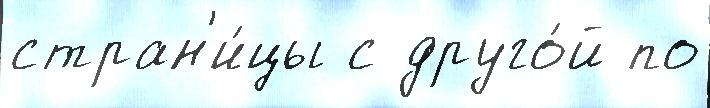
стран'и́цы с друго́й по